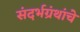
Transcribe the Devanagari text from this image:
संदर्भग्रंथांचे